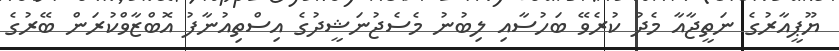
ޔޫޕީއާރުގެ ނަތީޖާއާ މެދު ކުރެވޭ ބަހުސާއި ލިބުނު މެސެޖުނަޝީދުގެ އިސްތިއުނާފު އޮބްޒާވްކުރަން ބޭރުގެ